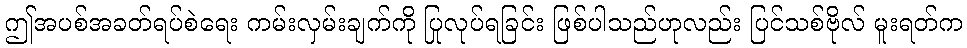
ဤအပစ်အခတ်ရပ်စဲရေး ကမ်းလှမ်းချက်ကို ပြုလုပ်ရခြင်း ဖြစ်ပါသည်ဟုလည်း ပြင်သစ်ဗိုလ် မူးရတ်က